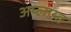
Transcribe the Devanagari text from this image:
अप्लाय्ड